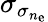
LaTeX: \sigma_{\sigma_{n_{\mathrm{e}}}}